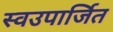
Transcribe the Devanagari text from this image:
स्वउपार्जित